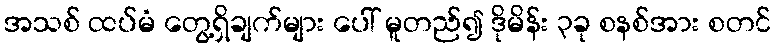
အသစ် ထပ်မံ တွေ့ရှိချက်များ ပေါ် မူတည်၍ ဒိုမိန်း ၃ခု စနစ်အား စတင်